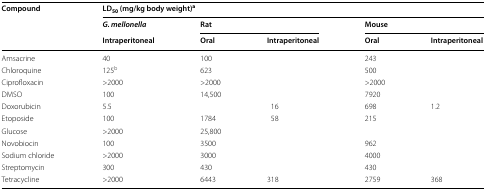
| <ROWSPAN=3> Compound | <COLSPAN=5> LD50 (mg/kg body weight)a |
 | G. mellonella | <COLSPAN=2> Rat | <COLSPAN=2> Mouse |
 | Intraperitoneal | Oral | Intraperitoneal | Oral | Intraperitoneal |
 | --- | --- | --- | --- | --- | --- |
 | Amsacrine | 40 | 100 |  | 243 |  |
 | Chloroquine | 125b | 623 |  | 500 |  |
 | Ciprofloxacin | >2000 | >2000 |  | >2000 |  |
 | DMSO | 100 | 14,500 |  | 7920 |  |
 | Doxorubicin | 5.5 |  | 16 | 698 | 1.2 |
 | Etoposide | 100 | 1784 | 58 | 215 |  |
 | Glucose | >2000 | 25,800 |  |  |  |
 | Novobiocin | 100 | 3500 |  | 962 |  |
 | Sodium chloride | >2000 | 3000 |  | 4000 |  |
 | Streptomycin | 300 | 430 |  | 430 |  |
 | Tetracycline | >2000 | 6443 | 318 | 2759 | 368 |